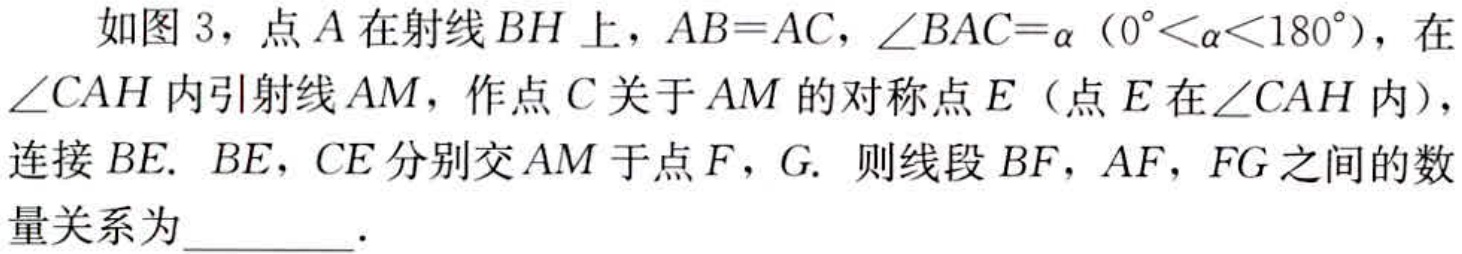
如图 3，点 \(A\) 在射线 \(BH\) 上，\(AB = AC\)，\(\angle BAC=\alpha\)（\(0^{\circ}<\alpha<180^{\circ}\)），在 \(\angle CAH\) 内引射线 \(AM\)，作点 \(C\) 关于 \(AM\) 的对称点 \(E\)（点 \(E\) 在 \(\angle CAH\) 内），连接 \(BE\). \(BE\)，\(CE\) 分别交 \(AM\) 于点 \(F\)，\(G\). 则线段 \(BF\)，\(AF\)，\(FG\) 之间的数量关系为________.